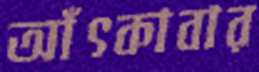
আঁৎকাবার